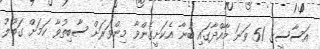
އަސާސީގެ 51 ވަނަ މާއްދާގައި ބުނާ އެކަށީގެންވާ މިންވަރަށް ސާބިތުވާ ކަމަށް ގަބޫލު